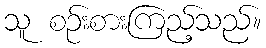
သူ စဉ်းစားကြည့်သည်။